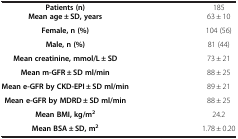
| Patients (n) | 185 |
 | --- | --- |
 | Mean age ± SD, years | 63 ± 10 |
 | Female, n (%) | 104 (56) |
 | Male, n (%) | 81 (44) |
 | Mean creatinine, mmol/L ± SD | 73 ± 21 |
 | Mean m-GFR ± SD ml/min | 88 ± 25 |
 | Mean e-GFR by CKD-EPI ± SD ml/min | 89 ± 21 |
 | Mean e-GFR by MDRD ± SD ml/min | 88 ± 25 |
 | Mean BMI, kg/m2 | 24.2 |
 | Mean BSA ± SD, m2 | 1.78 ± 0.20 |